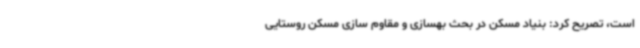
است، تصریح کرد: بنیاد مسکن در بحث بهسازی و مقاوم سازی مسکن روستایی